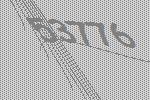
53776